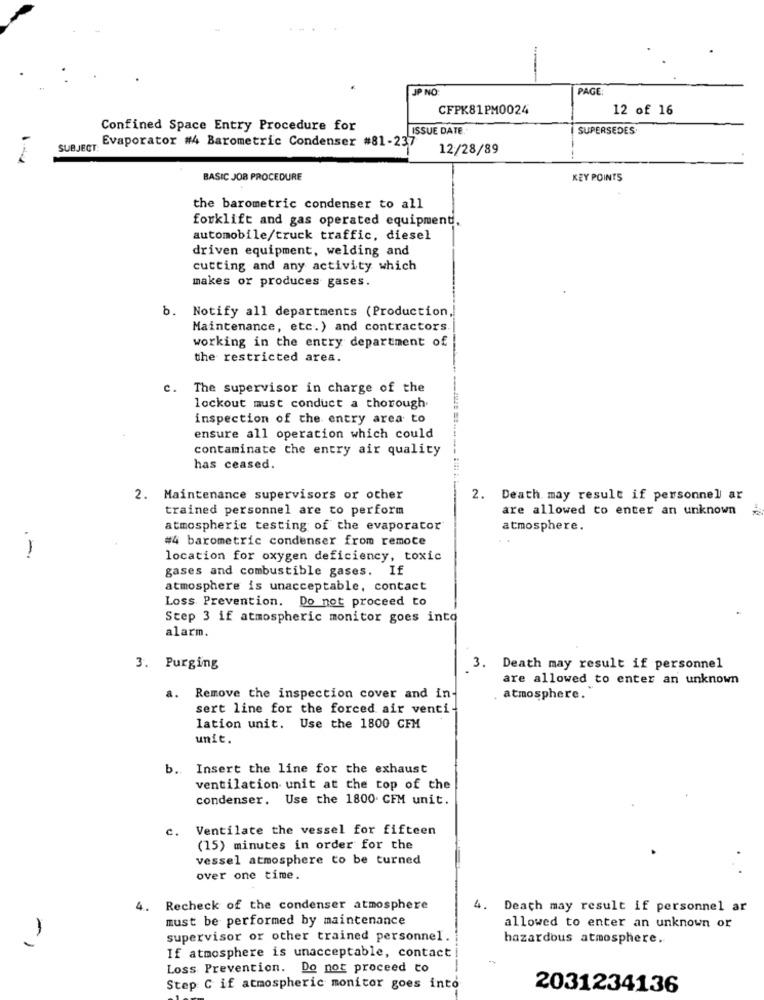
JP NO:
PAGE
CFPK81PM0024
12 of 16
Confined Space Entry Procedure for
ISSUE DATE
SUPERSEDES
Evaporator #4 Barometric Condenser #81-237
SUBJECT:
12/28/89
BASIC JOB PROCEDURE
KEY POINTS
the barometric condenser to all
forklift and gas operated equipment,
automobile/truck traffic, diesel
driven equipment, welding and
cutting and any activity which
makes or produces gases.
b.
Notify all departments (Production,
Maintenance, etc.) and contractors.
working in the entry department of
the restricted area.
c.
The supervisor in charge of the
lockout must conduct a thorough
inspection of the entry area to
ensure all operation which could
contaminate the entry air quality
has ceased.
2. Maintenance supervisors or other
Death may result if personnel ar
trained personnel are to perform
are allowed to enter an unknown
atmospheric testing of the evaporator
atmosphere.
#4 barometric condenser from remote
1
location for oxygen deficiency, toxic
gases and combustible gases. If
atmosphere is unacceptable, contact
Loss Prevention. Do not proceed to
Step 3 if atmospheric monitor goes into
alarm.
3. Purging
3. Death may result if personnel
are allowed to enter an unknown
a.
Remove the inspection cover and in-
atmosphere.
sert line for the forced air venti
lation unit. Use the 1800 CFM
unit.
b. Insert the line for the exhaust
ventilation unit at the top of the
condenser. Use the 1800. CFM unit.
C.
Ventilate the vessel for fifteen
(15) minutes in order for the
vessel atmosphere to be turned
over one time.
4. Recheck of the condenser atmosphere
4.
Deach may result if personnel ar
must be performed by maintenance
allowed to enter an unknown or
supervisor or other trained personnel.
hazardous atmosphere.
-1
If atmosphere is unacceptable, contact
Loss Prevention. Do not proceed to
Step C if atmospheric monitor goes into
2031234136